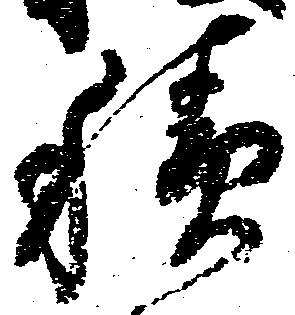
積